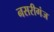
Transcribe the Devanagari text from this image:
नसरीगंज